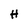
Character: H